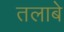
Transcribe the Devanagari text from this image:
तलाबे